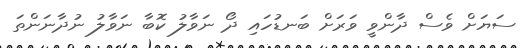
ސަޔަށް ވެސް ދާންވީ ވަރަށް ބަނޑުހައި ދޯ ނަވާލު ކޮބާ ނަވާލު ނުދާނަންތަ